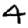
Digit: 4